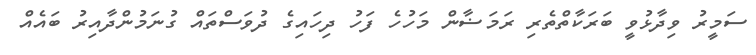
ސަމީރު ވިދާޅުވީ ބަރަކާތްތެރި ރަމަޟާން މަހުހެ ފަހު ދިހައިގެ ދުވަސްތައް ގުނަމުންދާއިރު ބައެއް